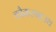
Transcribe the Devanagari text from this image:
कौकरमाउथ